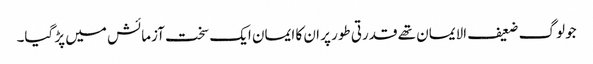
جو لوگ ضعیف الایمان تھے قدرتی طور پر ان کا ایمان ایک سخت آزمائش میں پڑ گیا۔